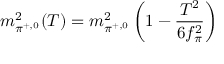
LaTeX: m _ { \pi ^ { + , 0 } } ^ { 2 } ( T ) = m _ { \pi ^ { + , 0 } } ^ { 2 } \left( 1 - \frac { T ^ { 2 } } { 6 f _ { \pi } ^ { 2 } } \right)